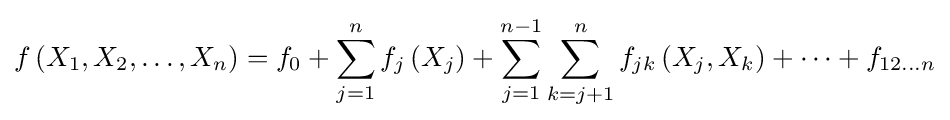
f\left(X_{1},X_{2},\ldots ,X_{n}\right)=f_{0}+\sum _{j=1}^{n}f_{j}\left(X_{j}\right)+\sum _{j=1}^{n-1}\sum _{k=j+1}^{n}f_{jk}\left(X_{j},X_{k}\right)+\cdots +f_{12\dots n}